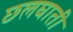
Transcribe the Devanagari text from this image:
छलघाती